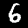
Label: 6